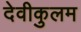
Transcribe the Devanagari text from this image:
देवीकुलम